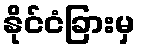
နိုင်ငံခြားမှ